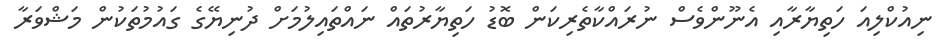
ނިއުކްލިއަ ހަތިޔާރާއި އެނޫންވެސް ނުރައްކާތެރިކަން ބޮޑު ހަތިޔާރުތައް ނައްތައިލުމަށް ދުނިޔޭގެ ގައުމުތަކުން މަޝްވަރާ